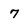
Character: 7